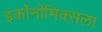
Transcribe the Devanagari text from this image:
इकॉनॉमिक्सला